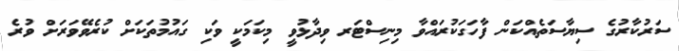
ސަރުކާރުގެ ސިޔާސަތެއްކަން ފާހަގަކުރައްވާ މިނިސްޓަރ ވިދާޅުވީ މިކަމަކީ ވަކި ގައުމުތަކަށް ކުރެވޭވަރަށް ވުރެ